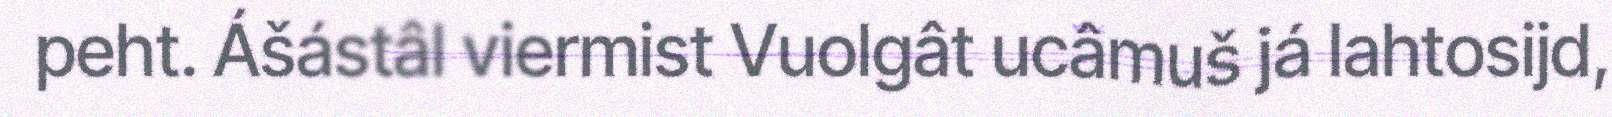
peht. Ášástâl viermist Vuolgât ucâmuš já lahtosijd,